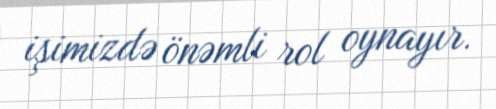
işimizdə önəmli rol oynayır.